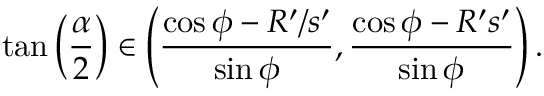
\tan \left( \frac { \alpha } { 2 } \right) \in \left( \frac { \cos \phi - R ^ { \prime } / s ^ { \prime } } { \sin \phi } , \frac { \cos \phi - R ^ { \prime } s ^ { \prime } } { \sin \phi } \right) .